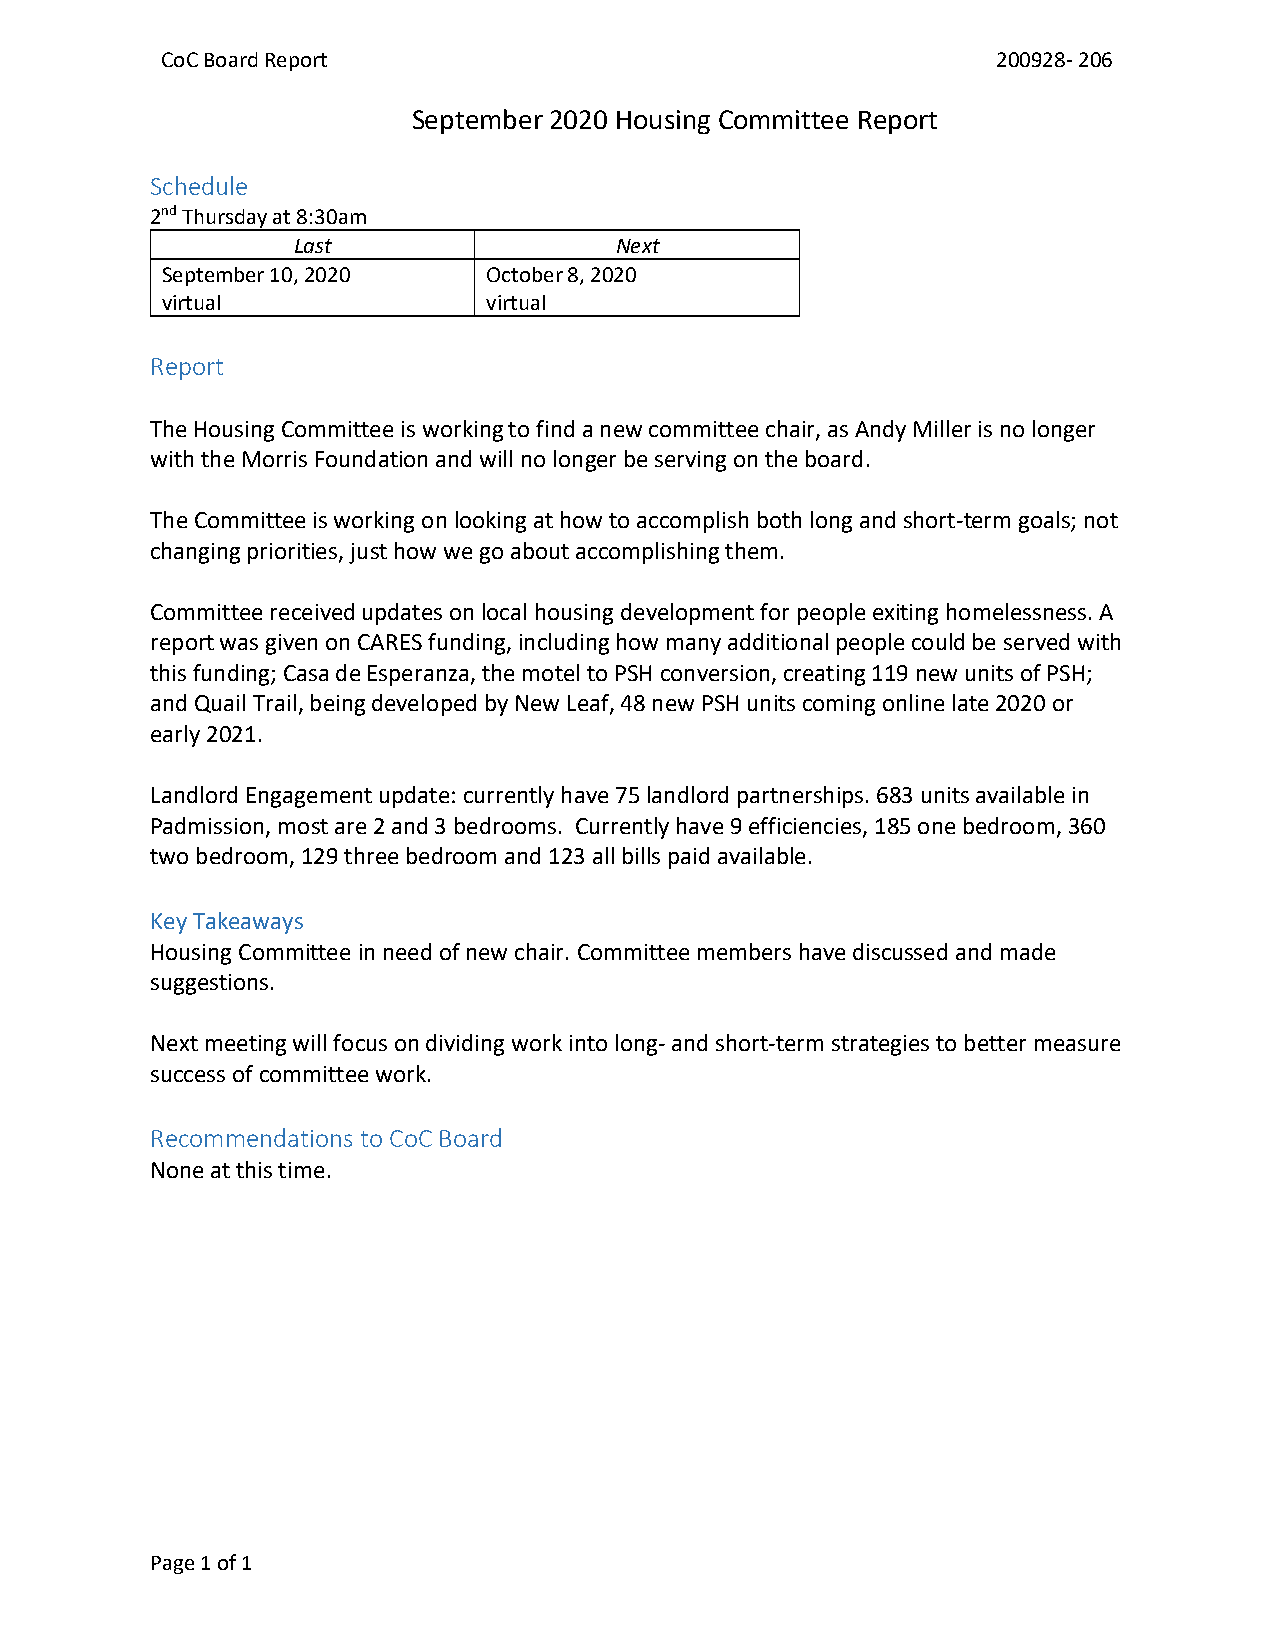
CoC Board Report                                       200928- 206
 September 2020 Housing Committee Report
 Schedule
 2nd Thursday at 8:30am
 Last                  Next
 September 10, 2020   October 8, 2020
 virtual              virtual
 Report
 The Housing Committee is working to find a new committee chair, as Andy Miller is no longer
 with the Morris Foundation and will no longer be serving on the board.
 The Committee is working on looking at how to accomplish both long and short-term goals; not
 changing priorities, just how we go about accomplishing them.
 Committee received updates on local housing development for people exiting homelessness. A
 report was given on CARES funding, including how many additional people could be served with
 this funding; Casa de Esperanza, the motel to PSH conversion, creating 119 new units of PSH;
 and Quail Trail, being developed by New Leaf, 48 new PSH units coming online late 2020 or
 early 2021.
 Landlord Engagement update: currently have 75 landlord partnerships. 683 units available in
 Padmission, most are 2 and 3 bedrooms. Currently have 9 efficiencies, 185 one bedroom, 360
 two bedroom, 129 three bedroom and 123 all bills paid available.
 Key Takeaways
 Housing Committee in need of new chair. Committee members have discussed and made
 suggestions.
 Next meeting will focus on dividing work into long- and short-term strategies to better measure
 success of committee work.
 Recommendations to CoC Board
 None at this time.
 Page 1 of 1